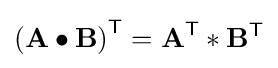
\left(\mathbf {A} \bullet \mathbf {B} \right)^{\textsf {T}}={\textbf {A}}^{\textsf {T}}\ast \mathbf {B} ^{\textsf {T}}